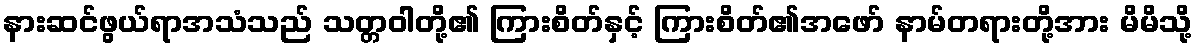
နားဆင်ဖွယ်ရာအသံသည် သတ္တဝါတို့၏ ကြားစိတ်နှင့် ကြားစိတ်၏အဖော် နာမ်တရားတို့အား မိမိသို့